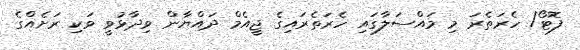
ފޮޓޯ/ ހެރަތެރަ މި މައްސަލާގައި ހެރަތެރައިގެ ޖީއެމް ދައްޔާން ވިދާޅުވީ ވަކި ރަށެެއްގެ